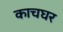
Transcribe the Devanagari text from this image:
काचघर